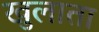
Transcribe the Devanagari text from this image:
खुलाता